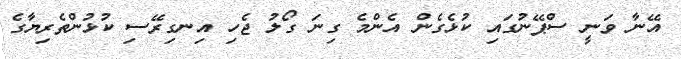
އޭނާ ވަނީ ސްޕޭނުގައި ކުޅެގެން އެންމެ ގިނަ ގޯލު ޖެހި އިނގިރޭސި ކުޅުންތެރިޔާގެ